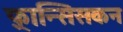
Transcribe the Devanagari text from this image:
फ़्रान्सिसकन